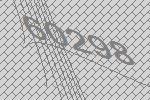
60298